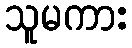
သူမကား